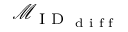
\mathcal { M } _ { \textrm { I D } _ { \textrm { d i f f } } }